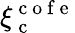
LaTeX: \xi_{\mathrm{~c~}}^{\mathrm{~c~o~f~e~}}